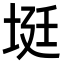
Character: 𡋺